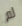
لم